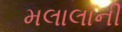
મલાલાની